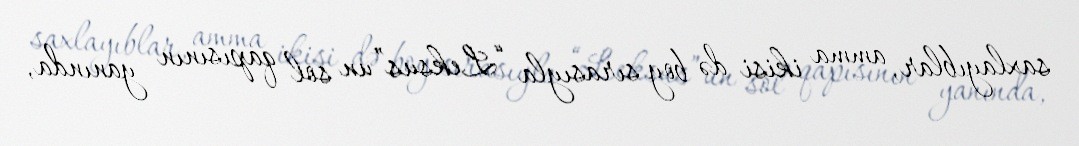
saxlayıblar, amma ikisi də boy sırasıyla “Leksus”un sol qapısının yanında,